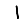
Digit: 1